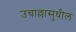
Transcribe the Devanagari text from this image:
उचाल्लासुधील